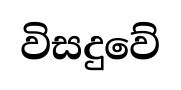
විසදුවේ